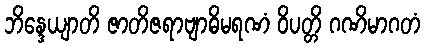
ဘိန္ဒေယျာတိ ဇာတိဇရာဗျာဓိမရဏံ ဝိပတ္တိ ဂဏိမာဂတံ